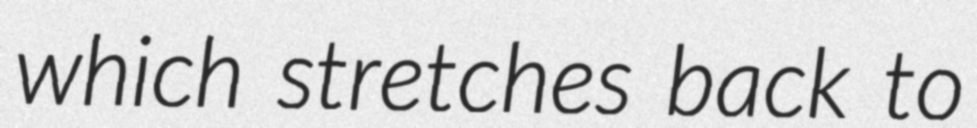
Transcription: which stretches back to